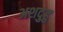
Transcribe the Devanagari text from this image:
अशदुहु